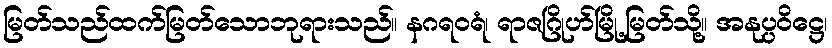
မြတ်သည်ထက်မြတ်သောဘုရားသည်။ နဂရဝရံ၊ ရာဇဂြိုဟ်မြို့မြတ်သို့။ အနုပ္ပဝိဋ္ဌေ၊